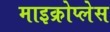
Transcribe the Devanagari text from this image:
माइक्रोप्लेस